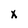
Character: x